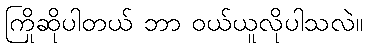
ကြိုဆိုပါတယ် ဘာ ဝယ်ယူလိုပါသလဲ။